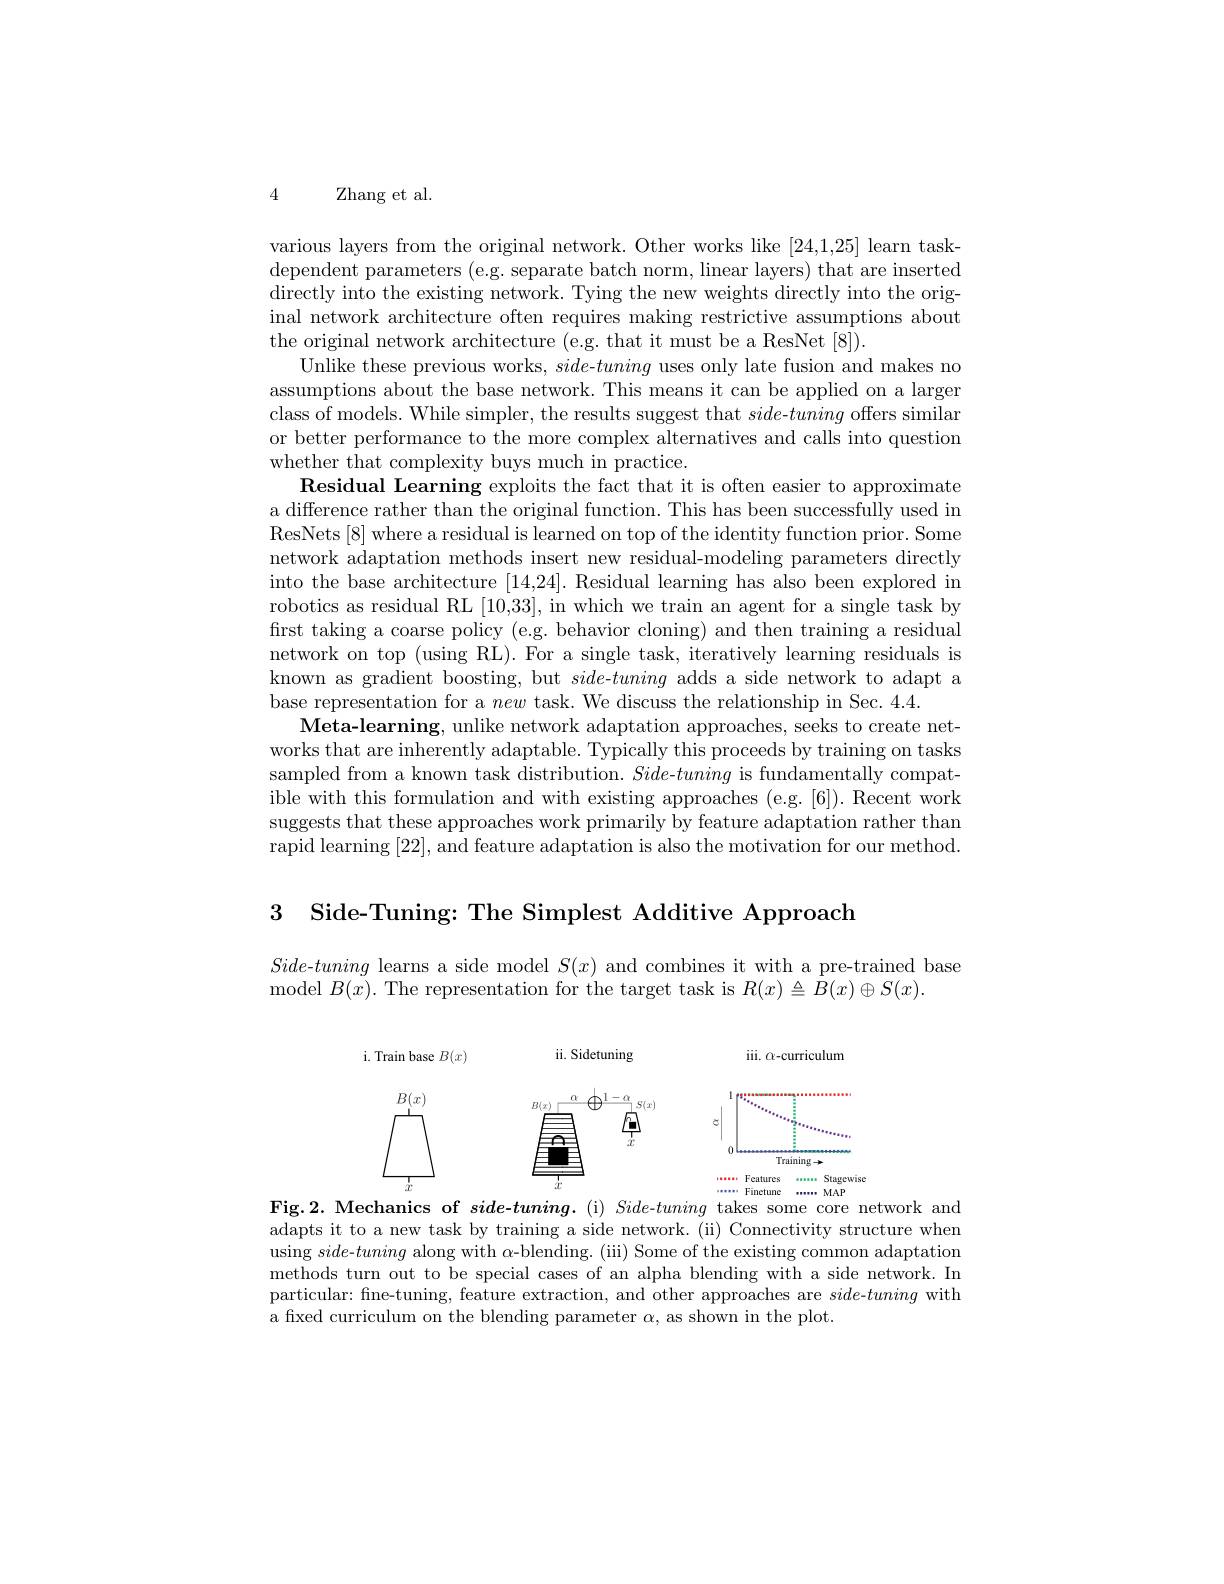
4 Zhang et al.

various layers from the original network. Other works like [24,1,25] learn taskdependent parameters (e.g. separate batch norm, linear layers) that are inserted directly into the existing network. Tying the new weights directly into the original network architecture often requires making restrictive assumptions about the original network architecture (e.g. that it must be a ResNet[8]).
Unlike these previous works, side-tuning uses only late fusion and makes no assumptions about the base network. This means it can be applied on a larger class of models. While simpler, the results suggest that $side-tuning$ offers similar or better performance to the more complex alternatives and calls into question whether that complexity buys much in practice.
Residual Learning exploits the fact that it is often easier to approximate a difference rather than the original function. This has been successfully used in ResNets[8] where a residual is learned on top of the identity function prior. Some network adaptation methods insert new residual-modeling parameters directly into the base architecture [14,24]. Residual learning has also been explored in robotics as residual RL [10,33], in which we train an agent for a single task by first taking a coarse policy (e.g. behavior cloning) and then training a residual network on top (using RL). For a single task, iteratively learning residuals is known as gradient boosting, but $side-tuning$ adds a side network to adapt a base representation for a new task. We discuss the relationship in Sec. 4.4.
Meta-learning, unlike network adaptation approaches, seeks to create networks that are inherently adaptable. Typically this proceeds by training on tasks sampled from a known task distribution. Side-tuning is fundamentally compatible with this formulation and with existing approaches (e.g.[6]). Recent work suggests that these approaches work primarily by feature adaptation rather than rapid learning [22], and feature adaptation is also the motivation for our method.

3 Side-Tuning: The Simplest Additive Approach

$Side-tuning$ learns a side model $S(x)$ and combines it with a pre-trained base
model $B(x).$ The representation for the target task is $R(x)\triangleq B(x)\oplus S(x).$

<FigureHere>
Fig.2. Mechanics of $side-tuning.$ (i) $Side-tuning$ takes some core network and

adapts it to a new task by training a side network. (ii) Connectivity structure when using side-tuning along with $\alpha$-blending. (iii) Some of the existing common adaptation methods turn out to be special cases of an alpha blending with a side network. In particular: fine-tuning, feature extraction, and other approaches are side-tuning with a fıxed curriculum on the blending parameter α, as shown in the plot.